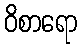
ဝိစာရော